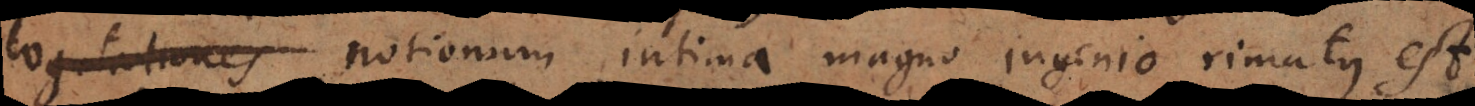
cogitationes notionum intima magno ingenio rimatus est